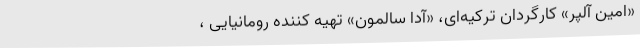
«امین آلپر» کارگردان ترکیه‌ای، «آدا سالمون» تهیه کننده رومانیایی ،